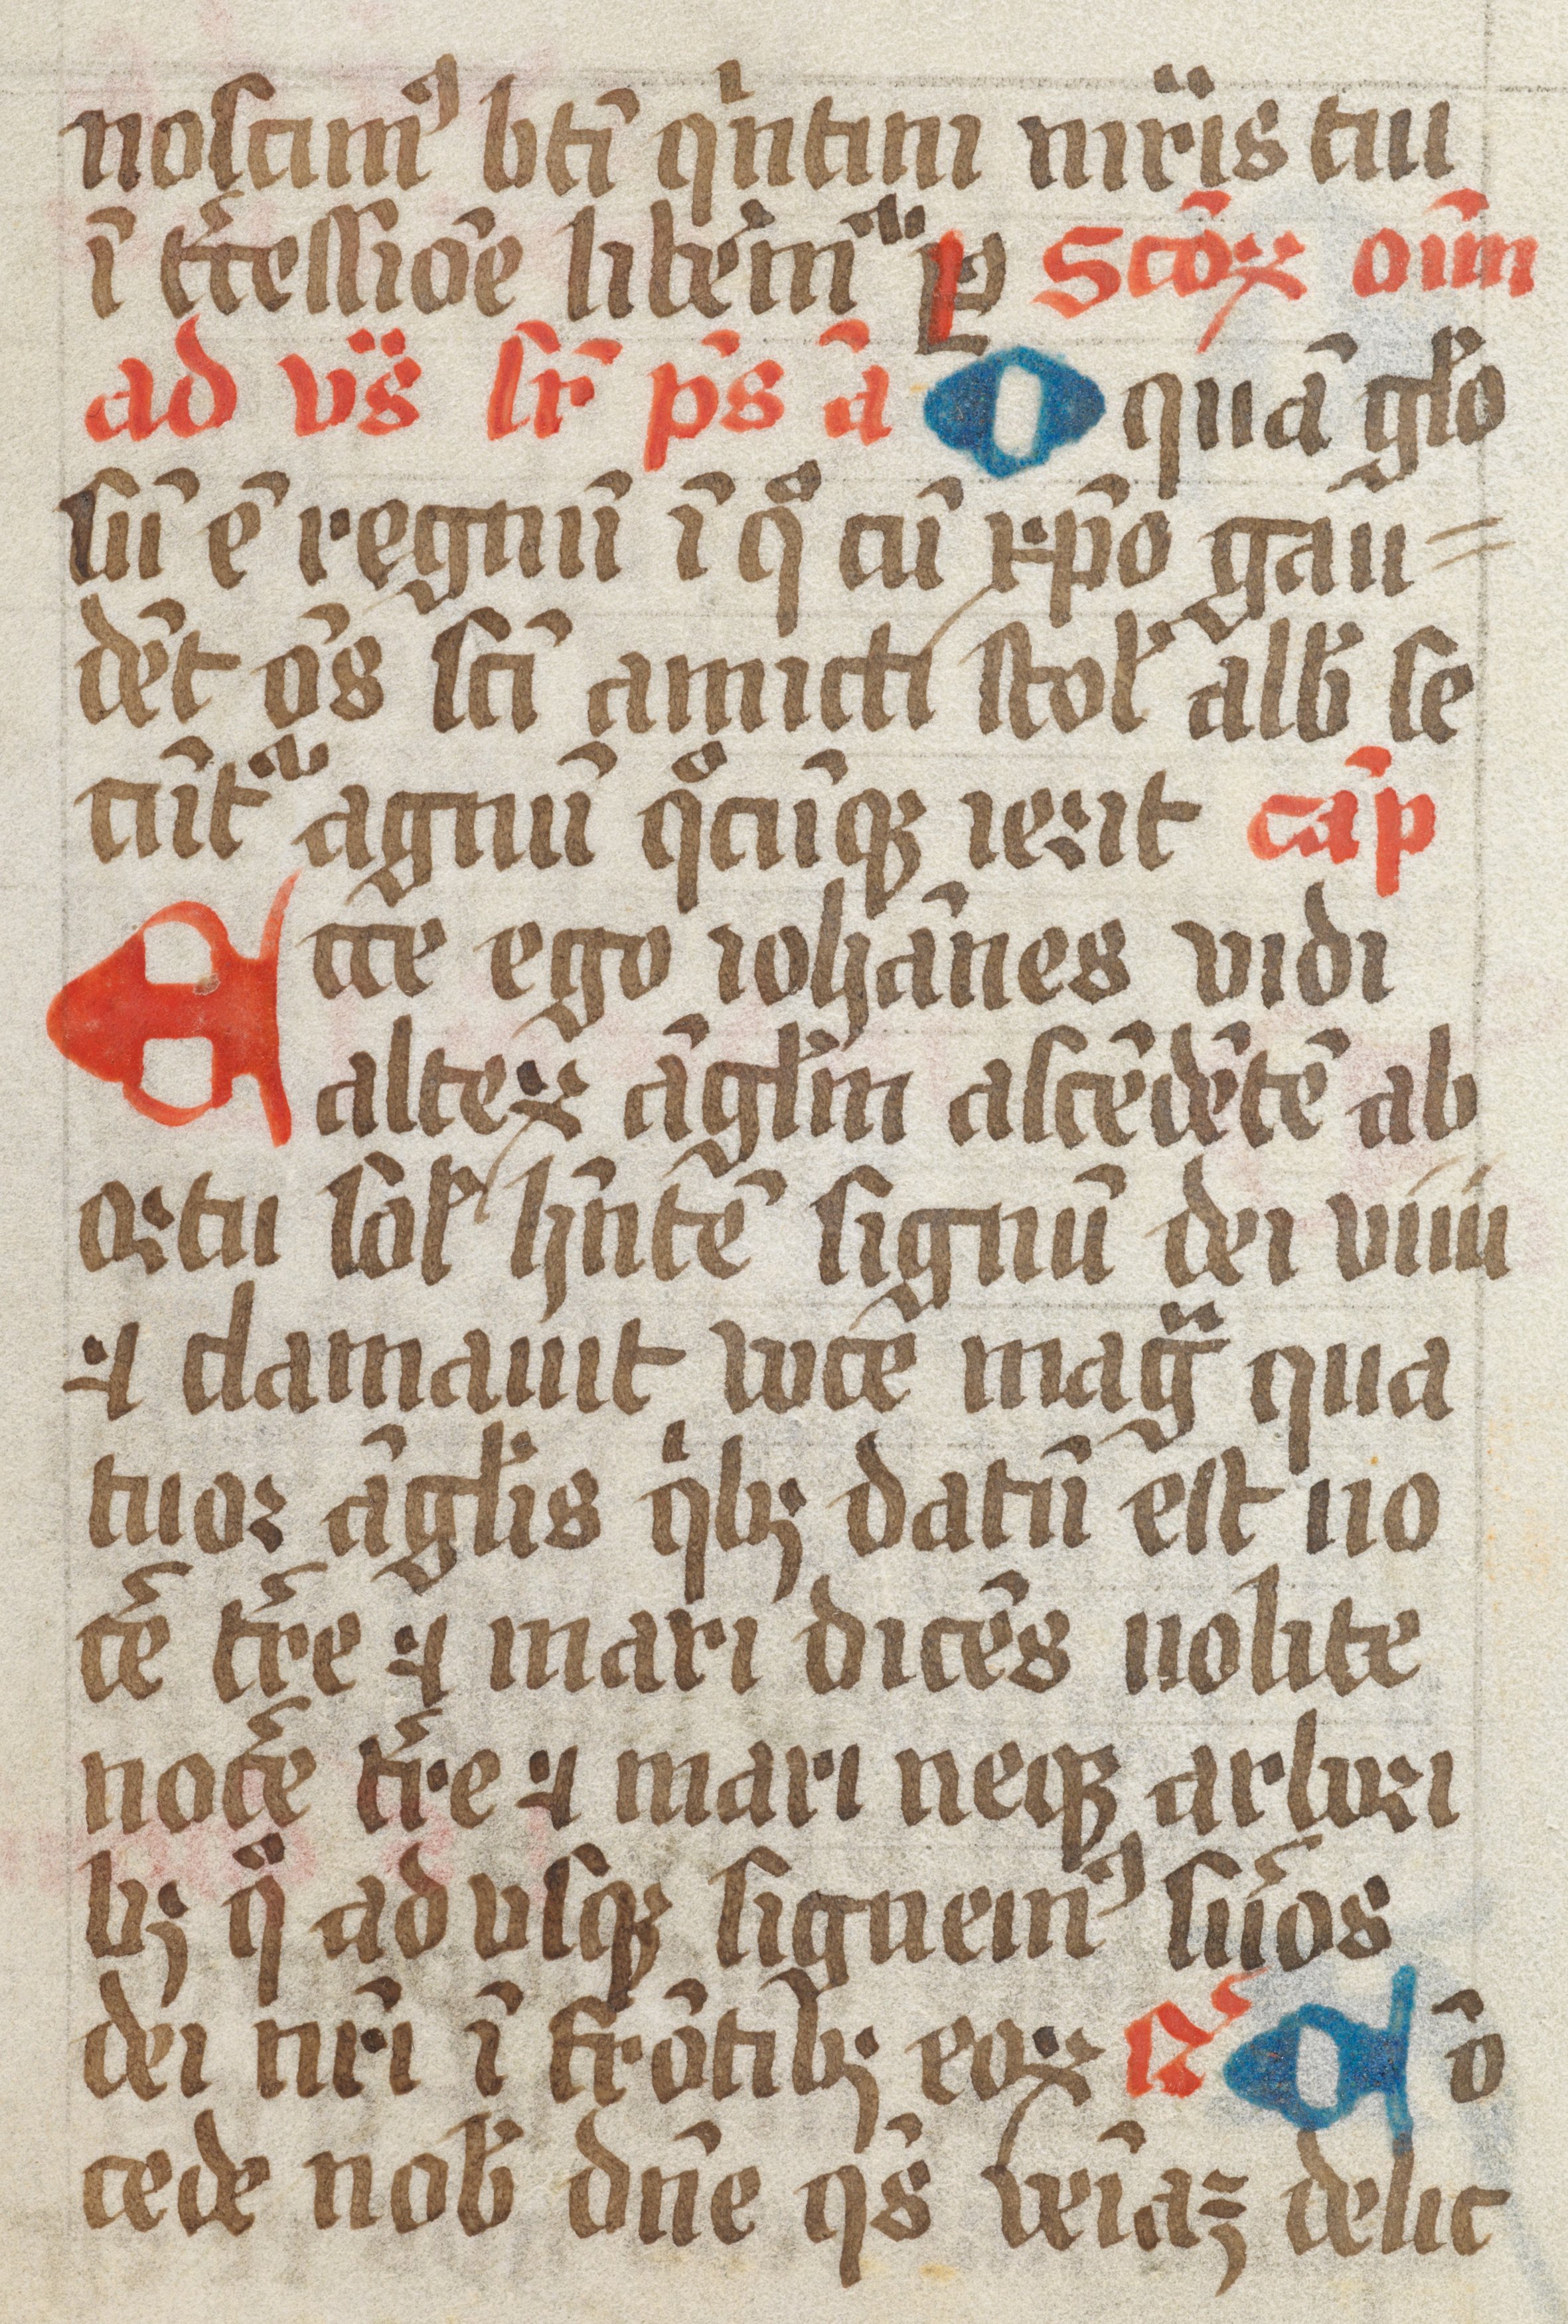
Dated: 1461–1499